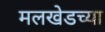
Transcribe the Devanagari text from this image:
मलखेडच्या